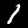
Label: 1